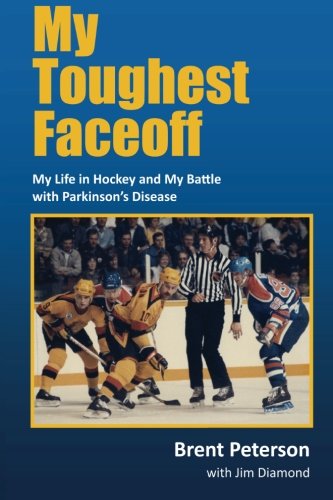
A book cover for My Toughest Faceoff: My Life in Hockey and My Battle with Parkinson's Disease; Brent Peterson; Health, Fitness & Dieting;